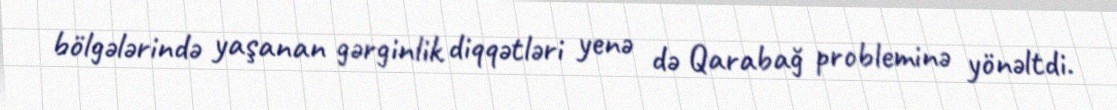
bölgələrində yaşanan gərginlik diqqətləri yenə də Qarabağ probleminə yönəltdi.